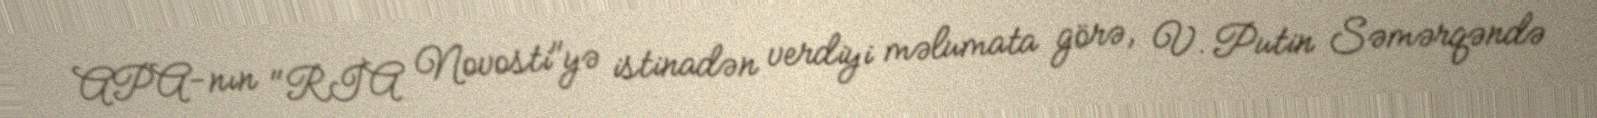
APA-nın "RİA Novosti"yə istinadən verdiyi məlumata görə, V. Putin Səmərqəndə